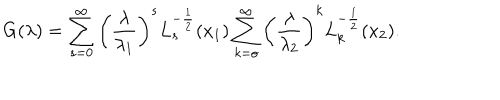
G ( \lambda ) = \sum _ { s = 0 } ^ { \infty } \left( \frac { \lambda } { \lambda _ { 1 } } \right) ^ { s } L _ { s } ^ { - \frac 1 2 } ( x _ { 1 } ) \sum _ { k = o } ^ { \infty } \left( \frac { \lambda } { \lambda _ { 2 } } \right) ^ { k } L _ { k } ^ { - \frac 1 2 } ( x _ { 2 } ) .